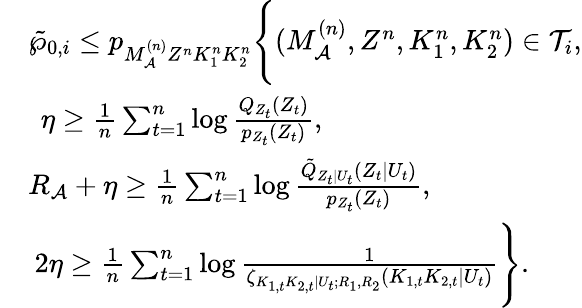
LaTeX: \begin{array}{rl}&{\tilde{\wp}_{0,i}\leq p_{M_{\cal A}^{(n)}Z^{n}K_{1}^{n}K_{2}^{n}}\Biggl\{ (M_{\cal A}^{(n)},Z^{n},K_{1}^{n},K_{2}^{n})\in{\cal T}_{i},}\\ &{\: \: \eta\geq\frac{1}{n}\sum_{t=1}^{n}\log\frac{Q_{{Z}_{t}}(Z_{t})}{p_{Z_{t}}(Z_{t})},}\\ &{R_{\cal A}+\eta\geq\frac{1}{n}\sum_{t=1}^{n}\log\frac{\tilde{Q}_{Z_{t}|U_{t}}(Z_{t}|U_{t})}{p_{Z_{t}}(Z_{t})},}\\ &{\: 2\eta\geq\frac{1}{n}\sum_{t=1}^{n}\log\frac{1}{\zeta_{K_{1,t}K_{2,t}|U_{t};R_{1},R_{2}}(K_{1,t}K_{2,t}|U_{t})}\Biggr\} .}\end{array}